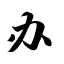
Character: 办